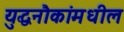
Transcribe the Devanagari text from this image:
युद्धनौकांमधील